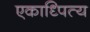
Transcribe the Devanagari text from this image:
एकाध्पित्य